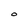
Character: O